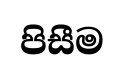
පිසීම